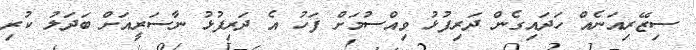
ސިޒޭރިއަނެއް ހަދައިގެން ދަރިފުޅު ވިއްސުމަށް ފަހު އެ ދަރިފުޅު ނާސަރީއަށް ބަދަލު ކުރި